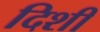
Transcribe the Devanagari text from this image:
दिशी